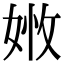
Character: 𡝒